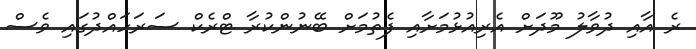
ރެ އާއި ދުވާލު މޫދަށް އެރިއުޅުމަށާއި ފެތުމަށް ބޭނުންކުރާ ޓްރެކް ސަރަހައްދުގައި ވެސް